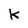
Character: k